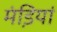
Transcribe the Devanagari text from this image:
मंडि़यां